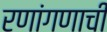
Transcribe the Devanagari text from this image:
रणांगणाची